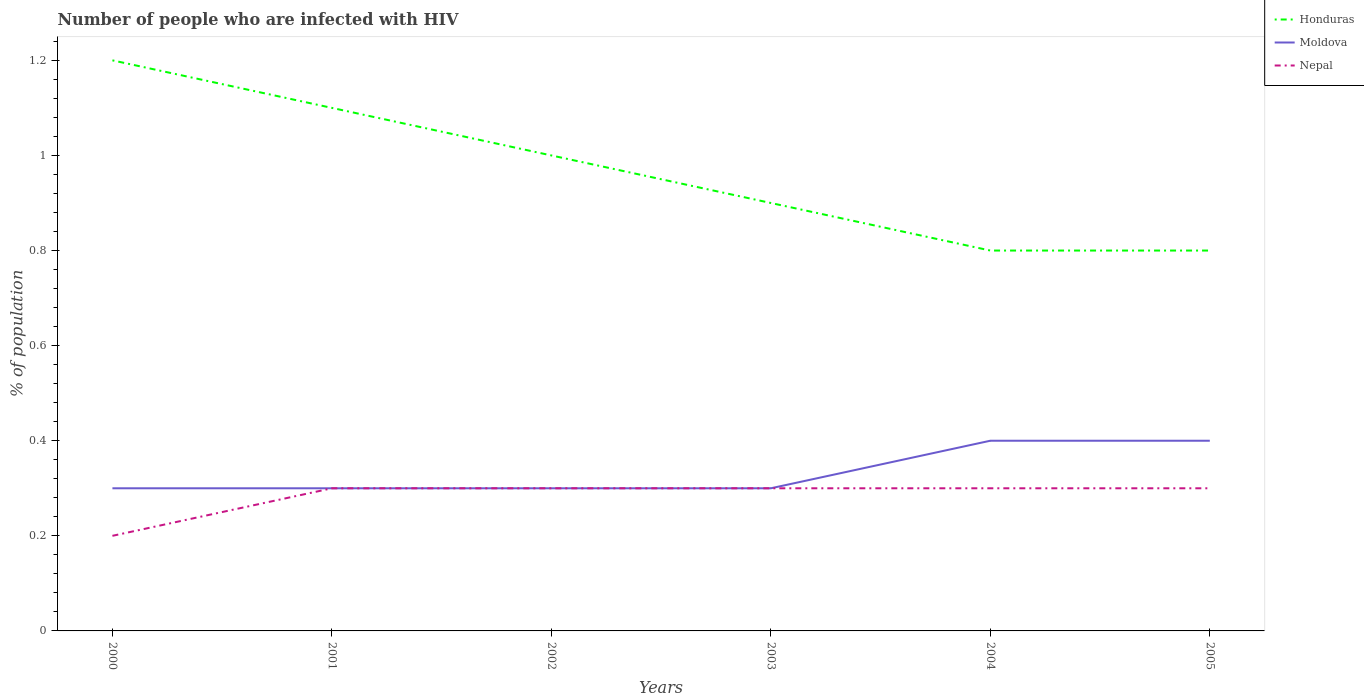
| Years | Honduras | Moldova | Nepal |
 | --- | --- | --- | --- |
 | 2000 | 1.2 | 0.3 | 0.2 |
 | 2001 | 1.1 | 0.3 | 0.3 |
 | 2002 | 1 | 0.3 | 0.3 |
 | 2003 | 0.9 | 0.3 | 0.3 |
 | 2004 | 0.8 | 0.4 | 0.3 |
 | 2005 | 0.8 | 0.4 | 0.3 |